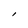
Character: I